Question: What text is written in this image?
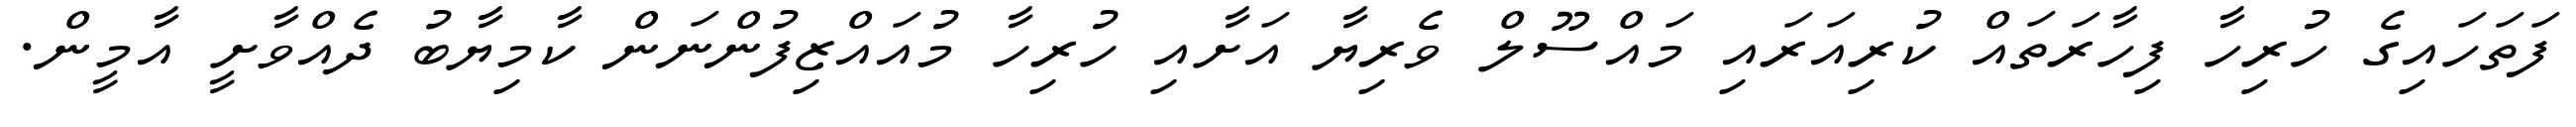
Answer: ފަތަހައިގެ ހުރިހާ ފިހާރަތައް ކުރިއަރައި މައްސޫލް ވެރިޔާ އަށާއި ހުރިހާ މުއައްޒިފުންނަން ކާމިޔާބު ދެއްވާށީ އާމީން.